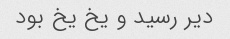
دیر رسید و یخ یخ بود